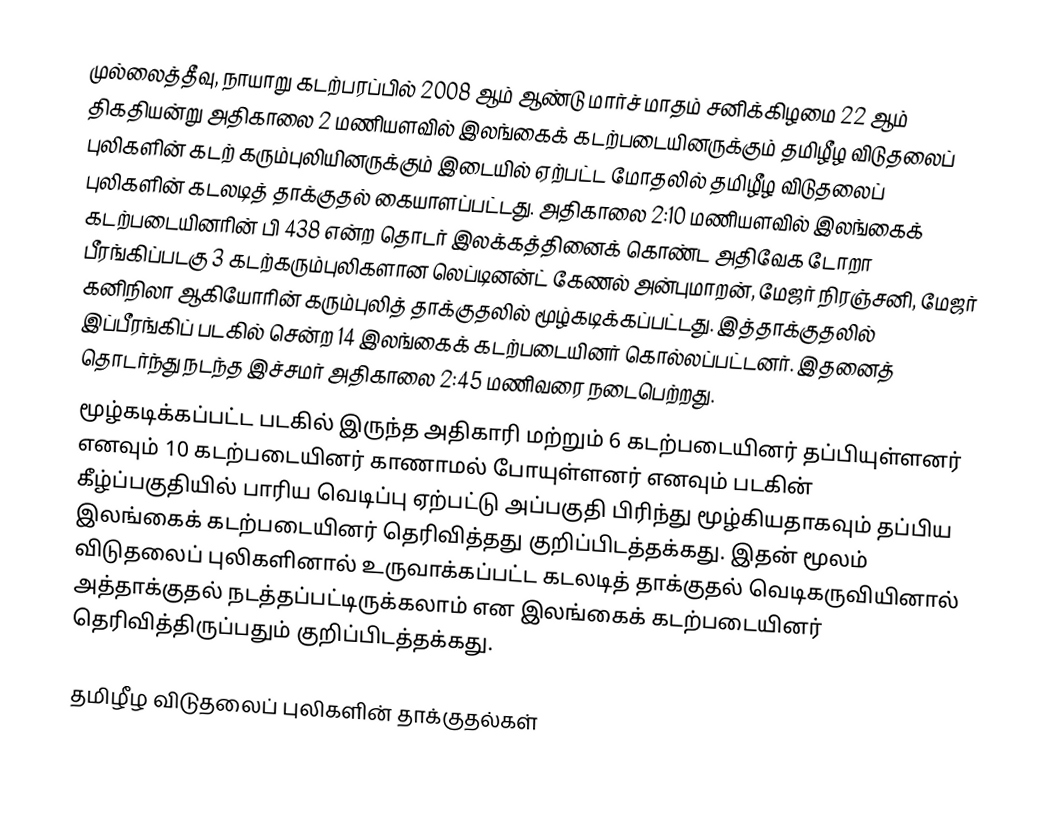
முல்லைத்தீவு, நாயாறு கடற்பரப்பில் 2008 ஆம் ஆண்டு மார்ச் மாதம் சனிக்கிழமை 22 ஆம் திகதியன்று அதிகாலை 2 மணியளவில் இலங்கைக் கடற்படையினருக்கும் தமிழீழ விடுதலைப் புலிகளின் கடற் கரும்புலியினருக்கும் இடையில் ஏற்பட்ட மோதலில் தமிழீழ விடுதலைப் புலிகளின் கடலடித் தாக்குதல்  கையாளப்பட்டது. அதிகாலை 2:10 மணியளவில் இலங்கைக் கடற்படையினரின் பி 438 என்ற தொடர் இலக்கத்தினைக் கொண்ட அதிவேக டோறா பீரங்கிப்படகு 3 கடற்கரும்புலிகளான லெப்டினன்ட் கேணல் அன்புமாறன், மேஜர் நிரஞ்சனி, மேஜர் கனிநிலா ஆகியோரின் கரும்புலித் தாக்குதலில் மூழ்கடிக்கப்பட்டது. இத்தாக்குதலில் இப்பீரங்கிப் படகில் சென்ற 14 இலங்கைக் கடற்படையினர் கொல்லப்பட்டனர். இதனைத் தொடர்ந்து நடந்த இச்சமர் அதிகாலை 2:45 மணிவரை நடைபெற்றது.
மூழ்கடிக்கப்பட்ட படகில் இருந்த  அதிகாரி மற்றும் 6 கடற்படையினர் தப்பியுள்ளனர் எனவும் 10 கடற்படையினர் காணாமல் போயுள்ளனர் எனவும் படகின் கீழ்ப்பகுதியில் பாரிய வெடிப்பு ஏற்பட்டு அப்பகுதி பிரிந்து மூழ்கியதாகவும் தப்பிய இலங்கைக் கடற்படையினர் தெரிவித்தது குறிப்பிடத்தக்கது. இதன் மூலம் விடுதலைப் புலிகளினால் உருவாக்கப்பட்ட கடலடித் தாக்குதல் வெடிகருவியினால்  அத்தாக்குதல் நடத்தப்பட்டிருக்கலாம் என இலங்கைக் கடற்படையினர் தெரிவித்திருப்பதும் குறிப்பிடத்தக்கது.

தமிழீழ விடுதலைப் புலிகளின் தாக்குதல்கள்